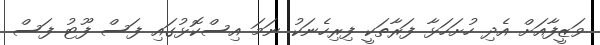
ވަޒީފާއަށް އެދި ހުށަހަޅާ ފަރާތަކީ ފިރިހެނަކު ނަމަ އިސްކޮޅުގައި ފަސް ފޫޓު ފަސް